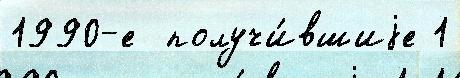
1990-е  получи́вшиjе 1